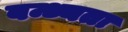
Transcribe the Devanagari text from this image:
बन्ध्यता